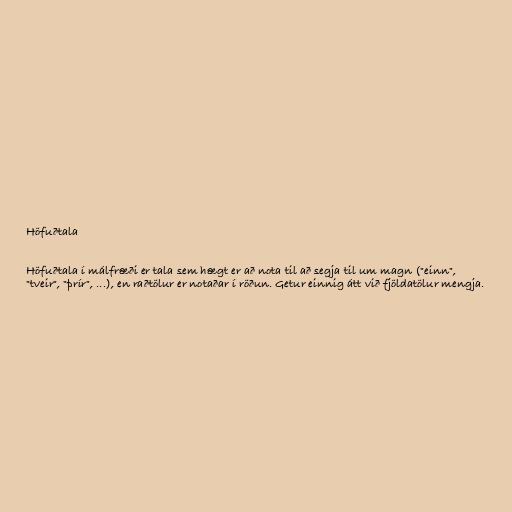
Höfuðtala

Höfuðtala í málfræði er tala sem hægt er að nota til að segja til um magn ("einn",
"tveir", "þrír", ...), en raðtölur er notaðar í röðun. Getur einnig átt við fjöldatölur mengja.